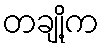
တချို့က